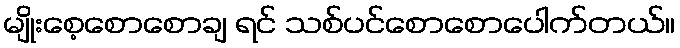
မျိုးစေ့စောစောချ ရင် သစ်ပင်စောစောပေါက်တယ်။